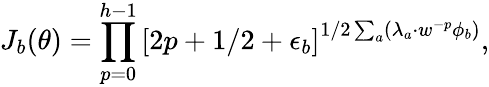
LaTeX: J_{b}(\theta)=\prod_{p=0}^{h-1}\left[2p+1/2+\epsilon_{b}\right]^{1/2\sum_{a}(\lambda_{a}\cdot w^{-p}\phi_{b})},